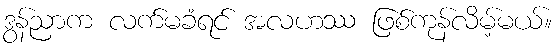
ဒွန်ညာက လက်မခံရင် အလဟဿ ဖြစ်ကုန်လိမ့်မယ်။